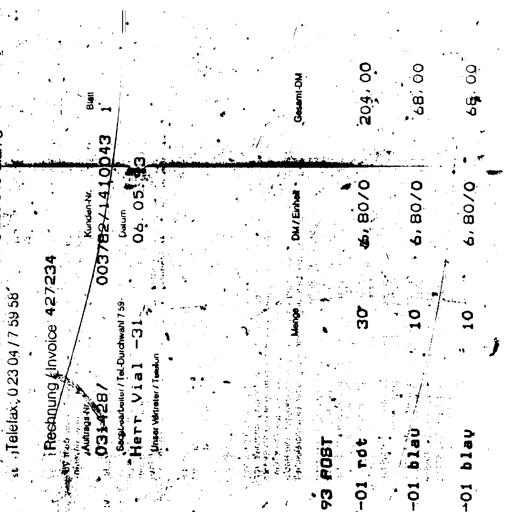
st Telefax 0 23 04 / 7 59 58
Rechnung / Invoice 427234
Auftrags-Nr. Kunden-Nr. Blatt
031428/ 003782/1410043 1
Sachbearbeiter / Tel.-Durchwahl 7 59- Datum
Herr Vial -31 06. 05. 83
Unser Vertreter / Telefon
Menge DM / Einheit Gesamt-DM
93 POST
-01 rot 30 6, 80/0 204, 00
-01 blau 10 6, 80/0 68, 00
-01 blau 10 6, 80/0 68, 00